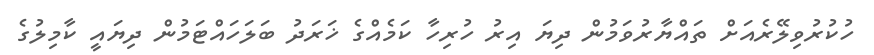
ހުކުރުވިލޭރެއަށް ތައްޔާރުވަމުން ދިޔަ އިރު ހުރިހާ ކަމެއްގެ ޚަރަދު ބަލަހައްޓަމުން ދިޔައީ ކާމިލުގެ